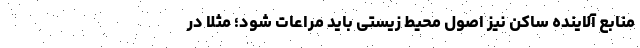
منابع آلاینده ساکن نیز اصول محیط زیستی باید مراعات شود؛ مثلاً در